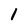
Character: I